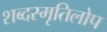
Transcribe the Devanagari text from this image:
शब्दस्मृतिलोप